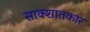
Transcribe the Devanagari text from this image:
साक्शातकार